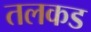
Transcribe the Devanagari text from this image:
तलकड